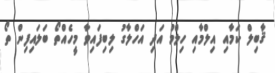
ޤާބިލް ކަމާއި އިލްމާއި ހިލްމު އަދި އަހްލާގު ލިބިފައިވާ މީހެއްތޯ ބަލައިފިން ތޯ